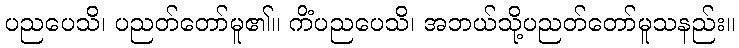
ပညပေသိ၊ ပညတ်တော်မူ၏။ ကိံပညပေသိ၊ အဘယ်သို့ပညတ်တော်မူသနည်း။